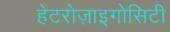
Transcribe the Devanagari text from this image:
हेटरोज़ाइगोसिटी